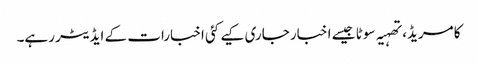
کامریڈ، تھہیہ سوٹا جیسے اخبار جاری کیے کئی اخبارات کے ایڈیٹر رہے۔